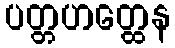
ပတ္တဟတ္ထေန